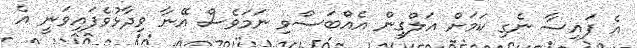
އެ ފައިސާ ނެގި ކަމަށް އަލްގީން އެއްބަސްވި ނަމަވެސް އޭނާ ވިދާޅުވެފައިވަނީ އެ